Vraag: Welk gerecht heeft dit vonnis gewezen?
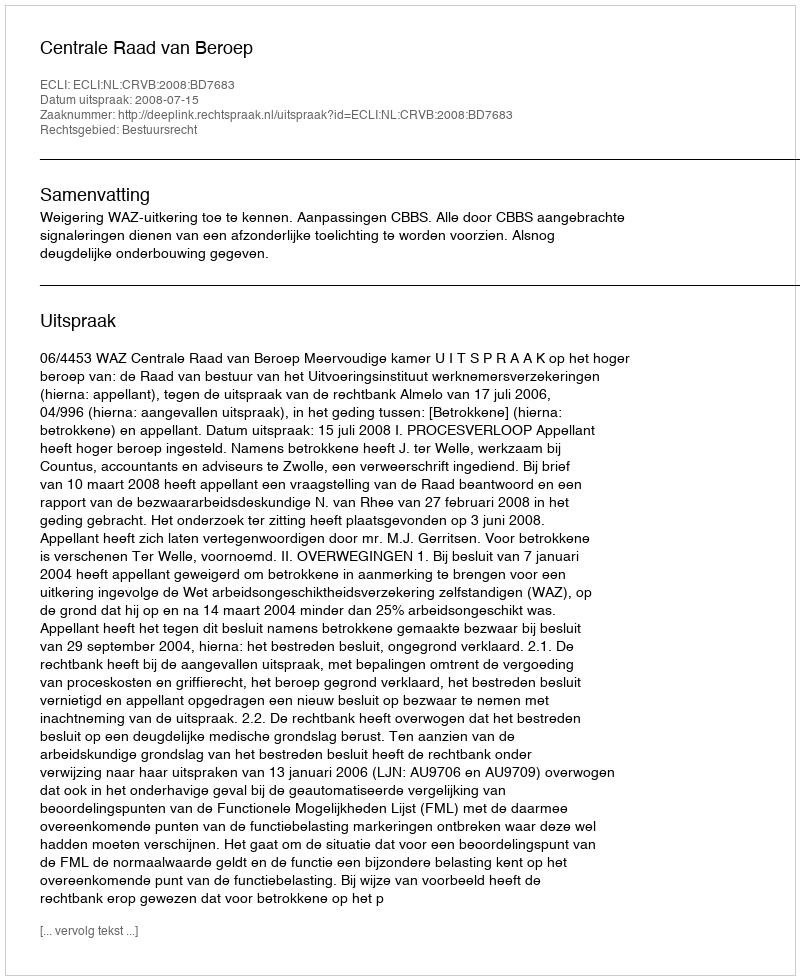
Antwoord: Centrale Raad van Beroep